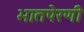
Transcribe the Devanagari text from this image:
भातपेरणी